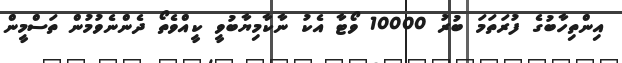
އިންތިހާބުގެ ފުރަތަމަ ބުރު 10000 ވޯޓާ އެކު ނާކާމިޔާބުވީ ކީއްވެތޯ ދެންނެވުމުން ތަސްމީން